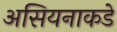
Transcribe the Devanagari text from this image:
असियनाकडे